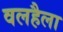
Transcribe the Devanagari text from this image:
वलहैला